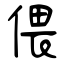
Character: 偎